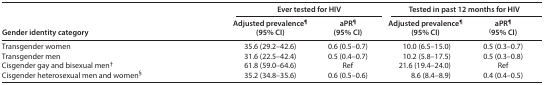
| <ROWSPAN=2> Gender identity category | <COLSPAN=2> Ever tested for HIV | <COLSPAN=2> Tested in past 12 months for HIV |
 | Adjusted prevalence¶ (95% CI) | aPR¶ (95% CI) | Adjusted prevalence¶ (95% CI) | aPR¶(95% CI) |
 | --- | --- | --- | --- | --- |
 | Transgender women | 35.6 (29.2–42.6) | 0.6 (0.5–0.7) | 10.0 (6.5–15.0) | 0.5 (0.3–0.7) |
 | Transgender men | 31.6 (22.5–42.4) | 0.5 (0.4–0.7) | 10.2 (5.8–17.5) | 0.5 (0.3–0.8) |
 | Cisgender gay and bisexual men† | 61.8 (59.0–64.6) | Ref | 21.6 (19.4–24.0) | Ref |
 | Cisgender heterosexual men and women§ | 35.2 (34.8–35.6) | 0.6 (0.5–0.6) | 8.6 (8.4–8.9) | 0.4 (0.4–0.5) |